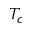
T _ { c }